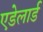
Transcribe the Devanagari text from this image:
एडेलार्ड